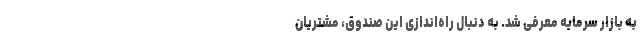
به بازار سرمایه معرفی شد. به دنبال راه‌اندازی این صندوق، مشتریان